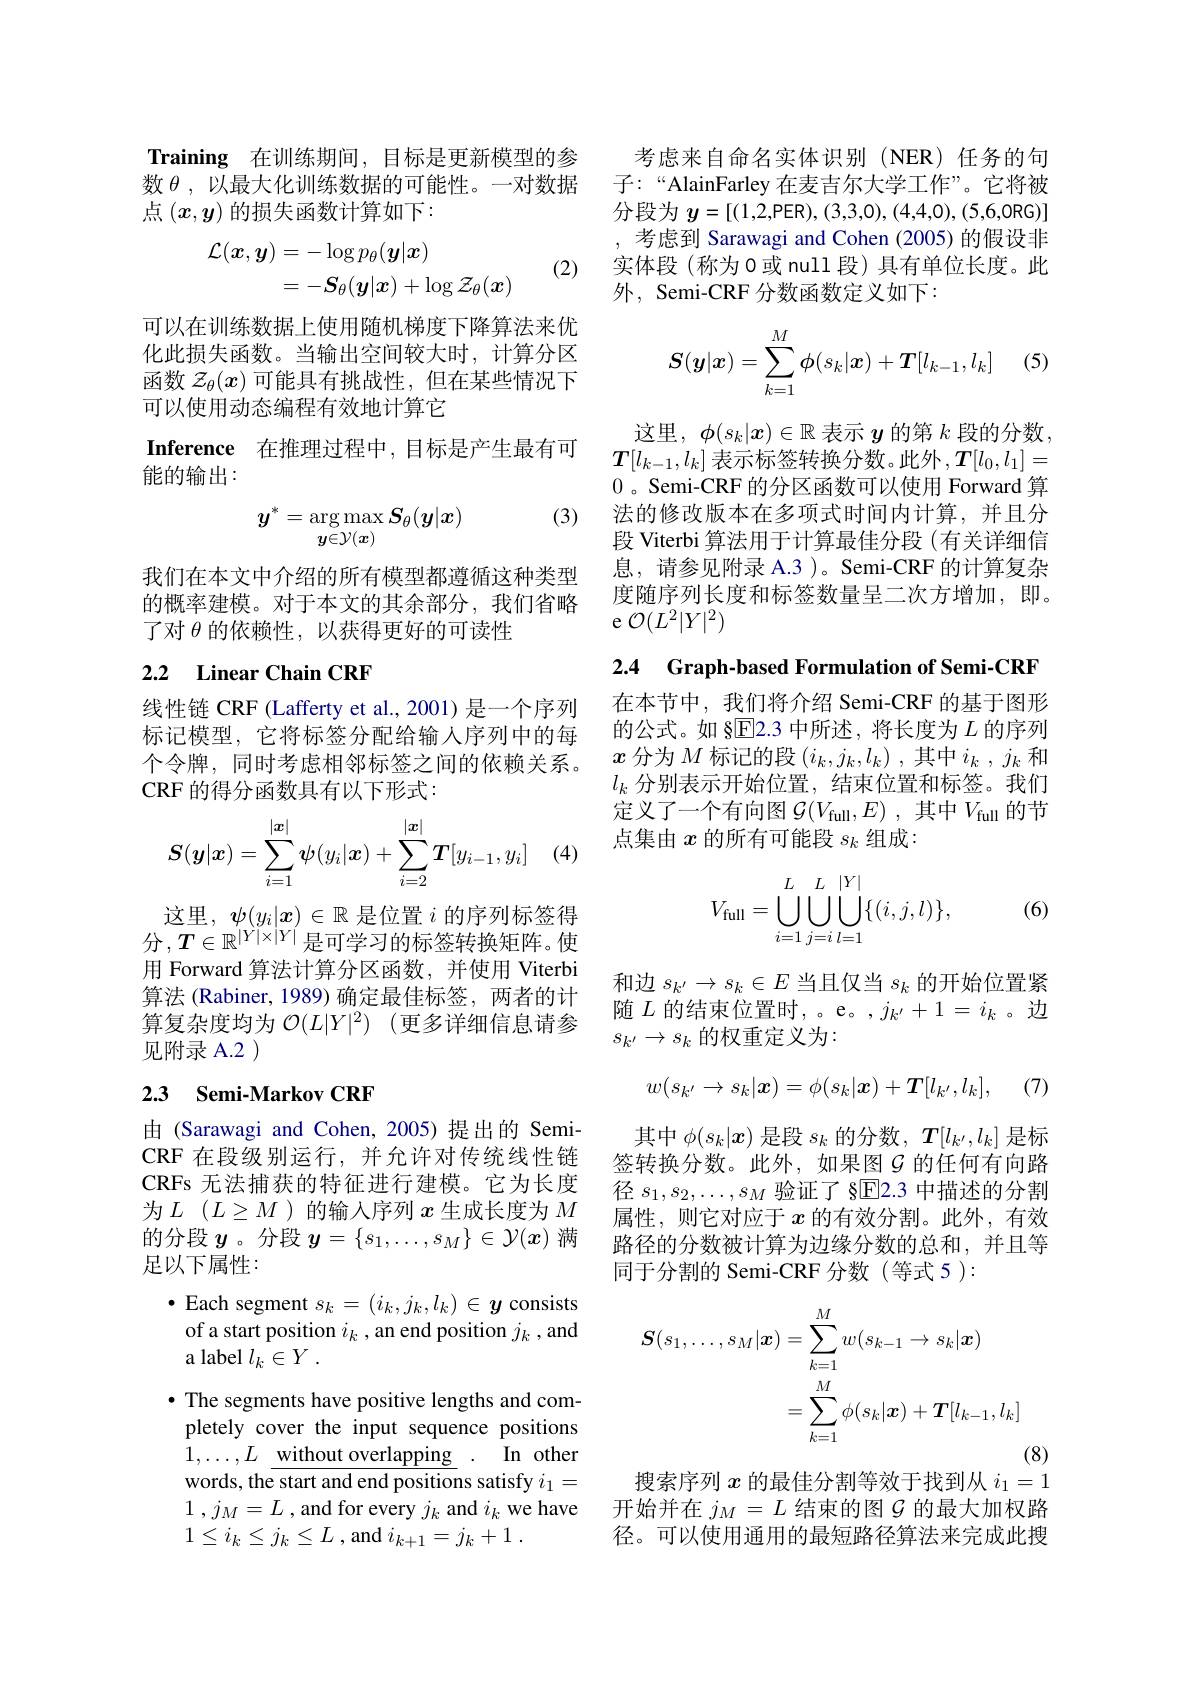
Training 在训练期间，目标是更新模型的参数$\theta$,以最大化训练数据的可能性。一对数据点$(x,y)$的损失函数计算如下：
$$\begin{aligned}\mathcal{L}(\boldsymbol{x},\boldsymbol{y})&=-\log p_\theta(\boldsymbol{y}|\boldsymbol{x})\\&=-\boldsymbol{S}_\theta(\boldsymbol{y}|\boldsymbol{x})+\log\mathcal{Z}_\theta(\boldsymbol{x})\end{aligned}$$
(2)

可以在训练数据上使用随机梯度下降算法来优化此损失函数。当输出空间较大时，计算分区函数$\mathcal{Z}_\theta(x)$可能具有挑战性，但在某些情况下可以使用动态编程有效地计算它

Inference 在推理过程中，目标是产生最有可
能的输出：

(3)
$$y^*=\arg\max_{\boldsymbol{y}\in\mathcal{Y}(\boldsymbol{x})}\boldsymbol{S}_\theta(\boldsymbol{y}|\boldsymbol{x})$$
我们在本文中介绍的所有模型都遵循这种类型的概率建模。对于本文的其余部分，我们省略了对$\theta$的依赖性，以获得更好的可读性

# 2.2 Linear Chain CRF

线性链 CRF (Lafferty et al., 2001) 是一个序列标记模型，它将标签分配给输入序列中的每个令牌，同时考虑相邻标签之间的依赖关系。CRF 的得分函数具有以下形式：
$$S(\boldsymbol{y}|\boldsymbol{x})=\sum\limits_{i=1}^{|\boldsymbol{x}|}\boldsymbol{\psi}(y_i|\boldsymbol{x})+\sum\limits_{i=2}^{|\boldsymbol{x}|}\boldsymbol{T}[y_{i-1},y_i]$$
这里，$\psi(y_i|x)\in\mathbb{R}$是位置$i$的序列标签得分，$T\in\mathbb{R}^{|Y|\times|Y|}$是可学习的标签转换矩阵。使用 Forward 算法计算分区函数，并使用 Viterbi 算法 (Rabiner, 1989) 确定最佳标签，两者的计算复杂度均为 $\mathcal{O} ( L| Y| ^2)$ (更多详细信息请参见附录 A.2 )

## 2.3 Semi-Markov CRF

由 (Sarawagi and Cohen,2005)提出的 SemiCRF 在段级别运行，并允许对传统线性链CRFs 无法捕获的特征进行建模。它为长度为$L$ $( L\geq M$)的输入序列$x$ 生成长度为$M$ 的分段$y$。分段$y=\{s_1,\ldots,s_M\}\in\mathcal{Y}(x)$满足以下属性：

$\bullet$ Each segment $s_k=(i_k,j_k,l_k)\in y$ consists of a start position $i_k$, an end position $j_k$,and a label $l_k\in Y$ .
· The segments have positive lengths and completely cover the input sequence positions $1, \ldots , L$ $\underline {\text{without overlapping}}$ . In other words, the start and end positions satisfy $i_1=$ 1 , $j_{M}= L$ ,and for every $j_k$ and $i_k$ we have $1\leq i_k\leq j_k\leq L$ , and $i_k+1=j_k+1$

考虑来自命名实体识别(NER)任务的句子：“AlainFarley 在麦吉尔大学工作”。它将被分段为$y= [ ( 1, 2$,PER),(3,3,0),(4,4,0),(5,6,0RG)] ,考虑到 Sarawagi and Cohen (2005) 的假设非实体段(称为0或 null 段)具有单位长度。此外，Semi-CRF 分数函数定义如下：
$$S(\boldsymbol{y}|\boldsymbol{x})=\sum_{k=1}^M\phi(s_k|\boldsymbol{x})+\boldsymbol{T}[l_{k-1},l_k]$$
 (5)

这里，$\phi(s_k|x)\in\mathbb{R}$表示$y$的第$k$段的分数$\boldsymbol{T}[l_{k-1},l_k]$表示标签转换分数。此外$,\boldsymbol{T}[l_0,l_1]=$ 0 。Semi-CRF 的分区函数可以使用 Forward 算法的修改版本在多项式时间内计算，并且分段 Viterbi 算法用于计算最佳分段 (有关详细信息，请参见附录 A.3 )。Semi-CRF 的计算复杂度随序列长度和标签数量呈二次方增加，即。e $\mathcal{O}(L^2|Y|^2)$

2.4 Graph-based Formulation of Semi-CRF

在本节中，我们将介绍 Semi-CRF 的基于图形的公式。如 §E2.3 中所述，将长度为$L$的序列$x$分为$M$标记的段$(i_k,j_k,l_k)$ ,其中$i_k,j_k$和$l_k$分别表示开始位置，结束位置和标签。我们定义了一个有向图$\mathcal{G} ( V_\mathrm{full}, E)$ ,其中$V_\mathrm{full}$的节点集由$x$的所有可能段$s_k$组成：
$$V_{\text{full}}=\bigcup\limits_{i=1}^{L}\bigcup\limits_{j=i}^{L}\bigcup\limits_{l=1}^{|Y|}\{(i,j,l)\},$$
(6)

和边$s_k^{\prime}\to s_k\in E$当且仅当$s_k$的开始位置紧随$L$的结束位置时，。e。,$j_k^{\prime}+1=i_k$。边$s_{k^{\prime}}\to s_k$ 的权重定义为：
$$w(s_{k'}\to s_k|\boldsymbol{x})=\phi(s_k|\boldsymbol{x})+\boldsymbol{T}[l_{k'},l_k],$$
(7)

其中$\phi(s_k|x)$是段$s_k$的分数，$T[l_{k^{\prime}},l_k]$是标签转换分数。此外，如果图$G$ 的任何有向路径$s_1,s_2,\ldots,s_M$验证了 §$\overline{\mathrm{E}}$2.3 中描述的分割属性，则它对应于$x$的有效分割。此外，有效路径的分数被计算为边缘分数的总和，并且等同于分割的 Semi-CRF 分数(等式 5):
$$\begin{aligned}\boldsymbol{S}(s_{1},\ldots,s_{M}|\boldsymbol{x})&=\sum_{k=1}^{M}w(s_{k-1}\to s_{k}|\boldsymbol{x})\\&=\sum_{k=1}^{M}\phi(s_{k}|\boldsymbol{x})+\boldsymbol{T}[l_{k-1},l_{k}]\end{aligned}$$
(8)
搜索序列$x$的最佳分割等效于找到从$i_1=1$

开始并在$j_M=L$结束的图$\mathcal{G}$的最大加权路径。可以使用通用的最短路径算法来完成此搜